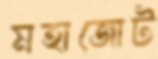
মহাজোট